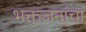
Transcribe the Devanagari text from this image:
भक्तजनांचा